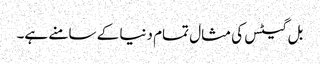
بل گیٹس کی مثال تمام دنیا کے سامنے ہے۔